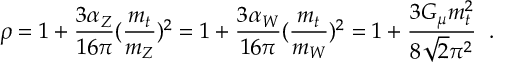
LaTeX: \rho = 1 + \frac { 3 \alpha _ { Z } } { 1 6 \pi } ( \frac { m _ { t } } { m _ { Z } } ) ^ { 2 } = 1 + \frac { 3 \alpha _ { W } } { 1 6 \pi } ( \frac { m _ { t } } { m _ { W } } ) ^ { 2 } = 1 + \frac { 3 G _ { \mu } m _ { t } ^ { 2 } } { 8 \sqrt { 2 } \pi ^ { 2 } } \; \; .